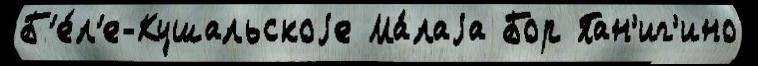
Б'е́л'е-Кушальскоjе Ма́лаjа Бор Пан'иг'ино